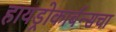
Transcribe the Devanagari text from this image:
हायड्रोकार्बन्सचा